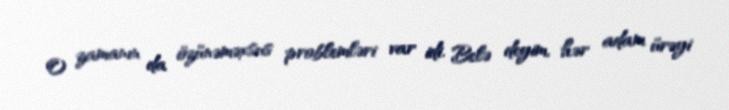
O zamanın da özünəməxsus problemləri var idi. Belə deyim, hər adam ürəyi